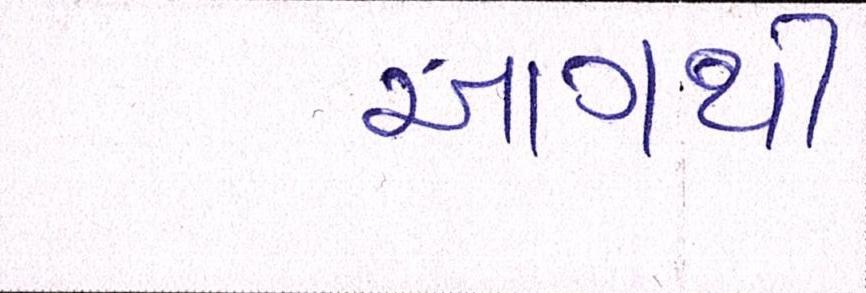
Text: આગથી